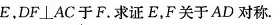
E，$$D F \bot A C$$于F。求证E，F关于AD对称。